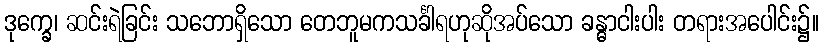
ဒုက္ခေ၊ ဆင်းရဲခြင်း သဘောရှိသော တေဘူမကသင်္ခါရဟုဆိုအပ်သော ခန္ဓာငါးပါး တရားအပေါင်း၌။